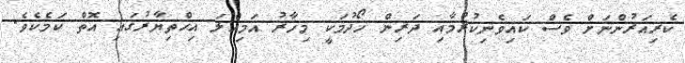
ކެރިއަރުންނަށް ވެސް ކައިވެނިކުރުމާއި ދަރިން ހޯދުމަކީ މިހާރު އަމިއްލަ އިޚްތިޔާރުގައި އޮތް ކަމެކެވެ.